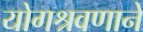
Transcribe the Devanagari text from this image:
योगश्रवणाने